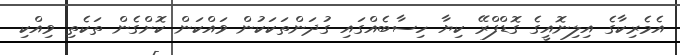
އެމެރިކާގެ އިލިނޮއީގެ ގޮޑްފްރޭ ކިޔާ ހިސާބެއްގައި ގުދަންތަކަކުން ވައްކަން ކޮށްގެން ތަކެތި ވިއްކި